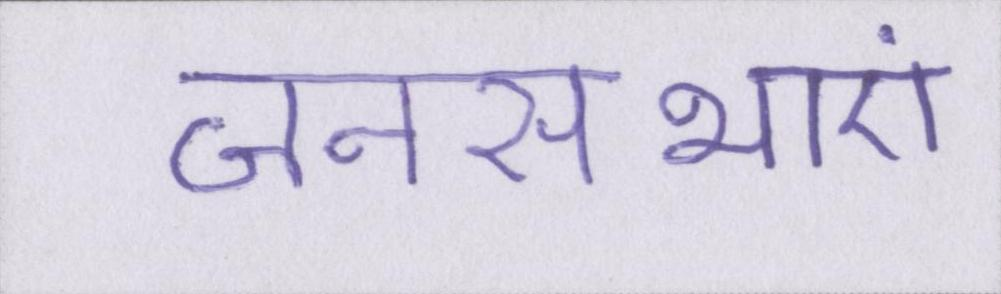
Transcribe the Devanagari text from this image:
जनसभाएं